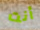
أنت